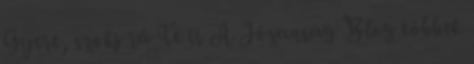
Gyere, szokj rá Te is A Józanság Blog többek